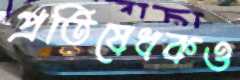
প্রতিষেধকও